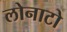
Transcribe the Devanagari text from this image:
लोनाटो